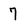
Character: 7